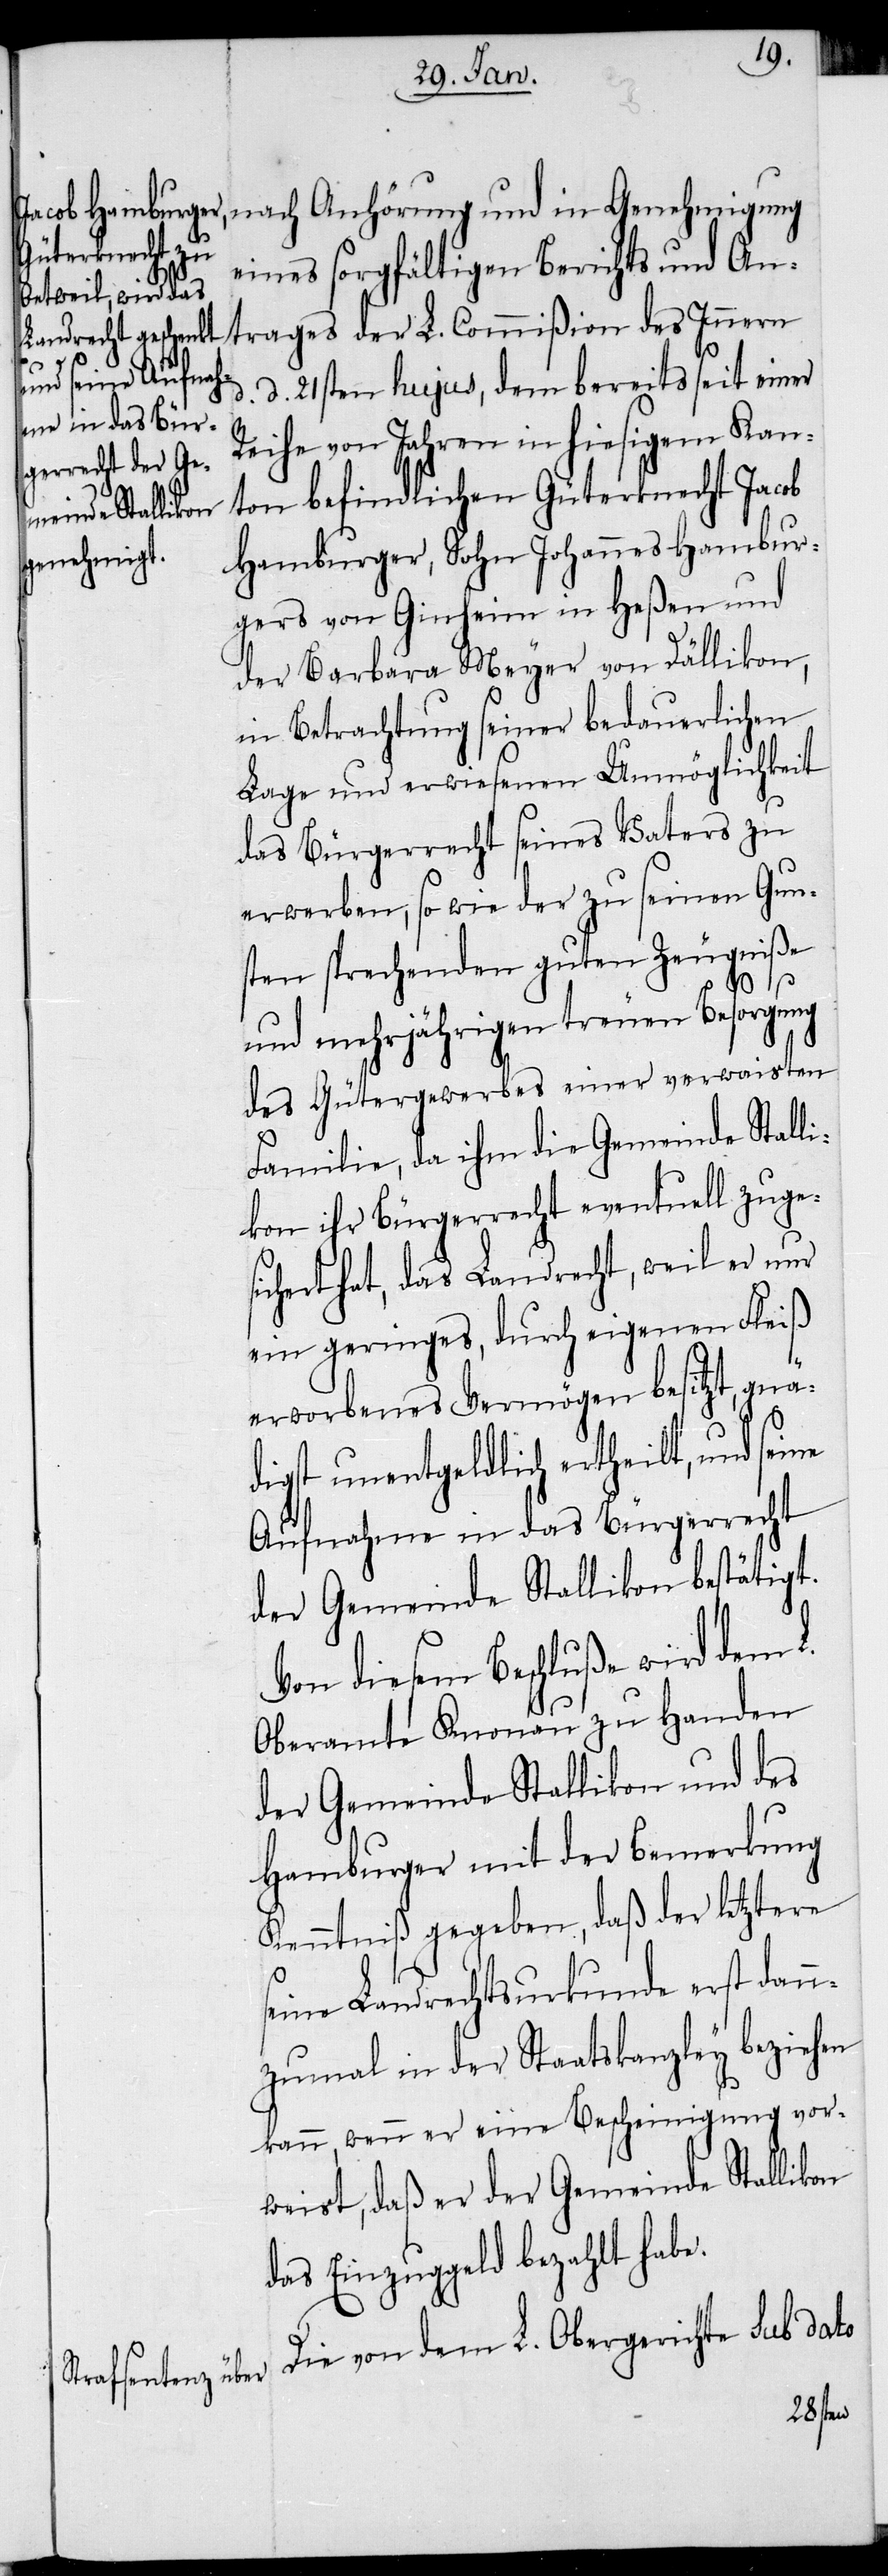
nach Anhörung und in Genehmigung
eines sorgfältigen Berichts und An¬
trages der L. Commißion des Innern
d. d. 21sten hujus, dem bereits seit einer
Reihe von Jahren in hiesigem Kan¬
ton befindlichen Güterknecht Jacob
Hamburger, Sohn Johannes Hambur¬
gers von Ginheim in Heßen und
der Barbara Meyer von Dällikon,
in Betrachtung seiner bedauerlichen
Lage und erwiesenen Unmöglichkeit
das Bürgerrecht seines Vaters zu
erwerben, so wie der zu seinen Gun¬
sten sprechenden guten Zeugniße
und mehrjährigen treuen Besorgung
des Gütergewerbes einer verwaisten
Familie, da ihm die Gemeinde Stall¬
ikon ihr Bürgerrecht eventuell zuge¬
sichert hat, das Landrecht, weil er nur
ein geringes, durch eigenen Fleiß
erworbenes Vermögen besitzt, gnä¬
digst unentgeldlich ertheilt, und
Aufnahme in das Bürgerrecht
der Gemeinde Stallikon bestätigt.
Von diesem Beschluße wird dem L.
Oberamte Knonau zu Handen
der Gemeinde Stallikon und des
Hamburger mit der Bemerkung
Kenntniß gegeben, daß der letztere
seine Landrechtsurkunde erst dann¬
zumal in der Staatskanzley beziehen
kann, wenn er eine Bescheinigung vor¬
weist, daß er der Gemeinde Stallikon
das Einzuggeld bezahlt habe.
Die von dem L. Obergerichte sub dato